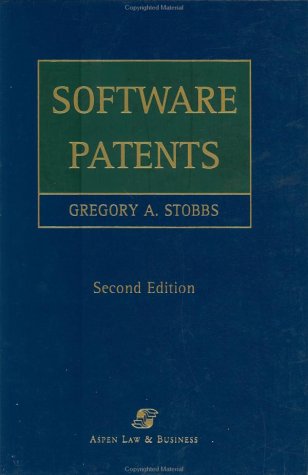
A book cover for Software Patents; Gregory A. , Esq Stobbs; Law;